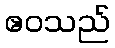
ဧဝသည်